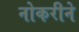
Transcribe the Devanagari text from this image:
नोकरीने